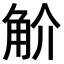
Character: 𧣋